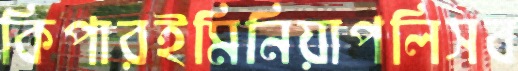
কিপারইমিনিয়াপলিসব